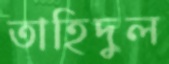
তাহিদুল